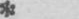
*